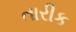
તારીક